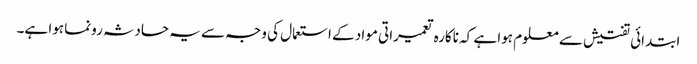
ابتدائی تفتیش سے معلوم ہوا ہے کہ ناکارہ تعمیراتی مواد کے استعمال کی وجہ سے یہ حادثہ رونما ہوا ہے۔